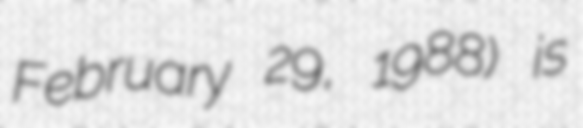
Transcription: February 29, 1988) is